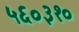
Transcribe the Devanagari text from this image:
५६०३१०